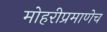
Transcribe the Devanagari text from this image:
मोहरीप्रमाणेच